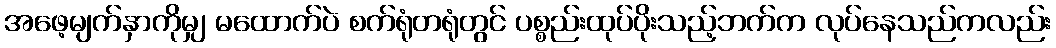
အဖေ့မျက်နှာကိုမျှ မထောက်ပဲ စက်ရုံတရုံတွင် ပစ္စည်းထုပ်ပိုးသည့်ဘက်က လုပ်နေသည်ကလည်း